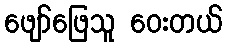
ဖျော်ဖြေသူ ဝေးတယ်